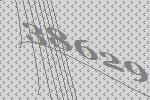
38629